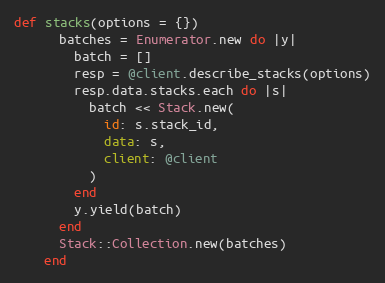
Language: Ruby
def stacks(options = {})
      batches = Enumerator.new do |y|
        batch = []
        resp = @client.describe_stacks(options)
        resp.data.stacks.each do |s|
          batch << Stack.new(
            id: s.stack_id,
            data: s,
            client: @client
          )
        end
        y.yield(batch)
      end
      Stack::Collection.new(batches)
    end